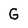
Character: G